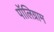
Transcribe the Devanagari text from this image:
पॉलिग्राम